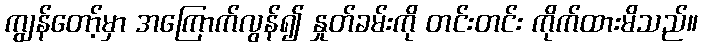
ကျွန်တော့်မှာ အကြောက်လွန်၍ နှုတ်ခမ်းကို တင်းတင်း ကိုက်ထားမိသည်။